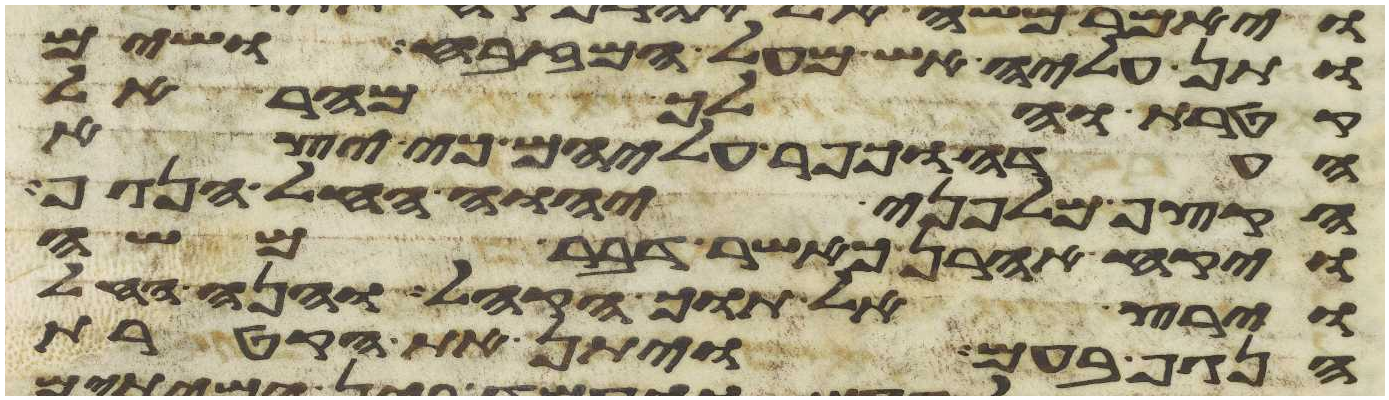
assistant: ותן עליה אש מעל המזבח ושים
קטרת והלך מהר אל
העדה וכפר עליהם כי יצא
הקצף מלפני יהוה החל הנגף
ויקח אהרן כאשר דבר משה
וירץ אל תוך הקהל והנה החל
הנגף בעם ויתן את הקטרת